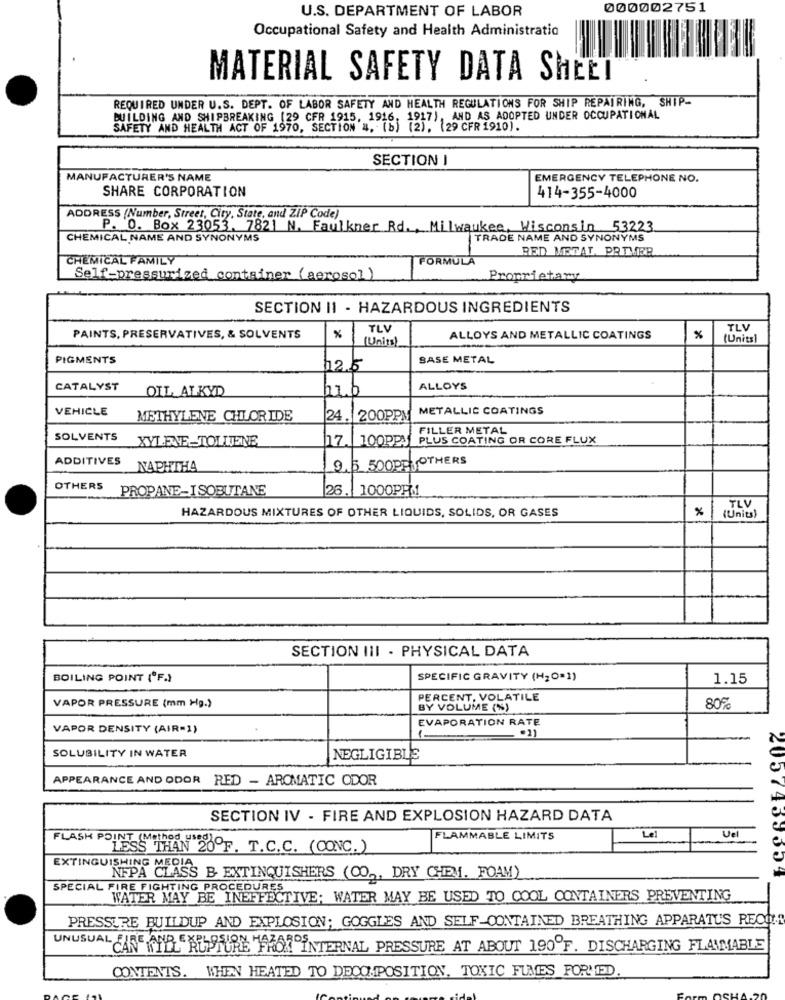
000002751
U.S. DEPARTMENT OF LABOR
Occupational Safety and Health Administratio
MATERIAL SAFETY DATA SHEET
REQUIRED UNDER U.S. DEPT. OF LABOR SAFETY AND HEALTH REGULATIONS FOR SHIP REPAIRING, SHIP-
BUILDING AND SHIPBREAKING [29 CFR 1915, 1916. 1917), AND AS ADOPTED UNDER OCCUPATIONAL
SAFETY AND HEALTH ACT OF 1970, SECTION '4, (b) (2), (29 CFR 1910).
SECTION I
MANUFACTURER'S NAME
EMERGENCY TELEPHONE NO.
SHARE CORPORATION
414-355-4000
ADDRESS (Number, Street, City, State, and ZIP Code)
P. O. Box 23053. 7821 N. Faulkner Rd ., Milwaukee, Wisconsin 53223.
CHEMICAL NAME AND SYNONYMS
TRADE NAME AND SYNONYMS
RED MEGAT, PRIMER
CHEMICAL FAMILY
FORMULA
Self-pressurized container (aerosol)
Proprietary
SECTION II - HAZARDOUS INGREDIENTS
TLV
TLV
PAINTS, PRESERVATIVES, & SOLVENTS
(Units)
ALLOYS AND METALLIC COATINGS
(Units)
PIGMENTS
SASE METAL
12.5
CATALYST
OIL ALKYD
ALLOYS
VEHICLE
METALLIC COATINGS
METHYLENE CHLORIDE
24. 200PPM
FILLER METAL
SOLVENTS
XYLENE-TOLLJENE
17.1
100PPA
PLUS COATING OR CORE FLUX
ADDITIVES
NAPHTHA
9.5 500PEUOTHERS
OTHERS
PROPANE-ISOBUTANE
26. 1000PPM1
TLV
HAZARDOUS MIXTURES OF OTHER LIQUIDS, SOLIDS, OR GASES
%
(Units)
SECTION III - PHYSICAL DATA
BOILING POINT ("F.)
SPECIFIC GRAVITY (H2O=1)
1.15
PERCENT, VOLATILE
VAPOR PRESSURE (mm Hg.)
BY VOLUME (%)
80%
VAPOR DENSITY (AIR-1)
EVAPORATION RATE
SOLUBILITY IN WATER
NEGLIGIBLE
APPEARANCE AND ODOR RED - AROMATIC ODOR
SECTION IV - FIRE AND EXPLOSION HAZARD DATA
Le
Vel
FLASH POINT (Method use
FLAMMABLE LIMITS
LESS THAN 20ºF. T.C.C. (CONC.)
EXTINGUISHING MEDIA
NFPA CLASS B. EXTINGUISHERS (CO, DRY CHEM. FOAM)
2057459004
SPECIAL FIRE FIGHTING PROCEDURES
WATER MAY BE INEFFECTIVE; WATER MAY BE USED TO COOL CONTAINERS PREVENTING
-
PRESSURE BUILDUP AND EXPLOSION; GOGGLES AND SELF-CONTAINED BREATHING APPARATUS RECUR
UNUSUAL CARE AND ALLURE FROM INTERNAL PRESSURE AT ABOUT 190 F. DISCHARGING FLAMMABLE
CONTENTS. WHEN HEATED TO DECOMPOSITION, TOXIC FUMES FORMED.